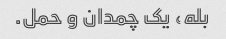
بله، یک چمدان و حمل.